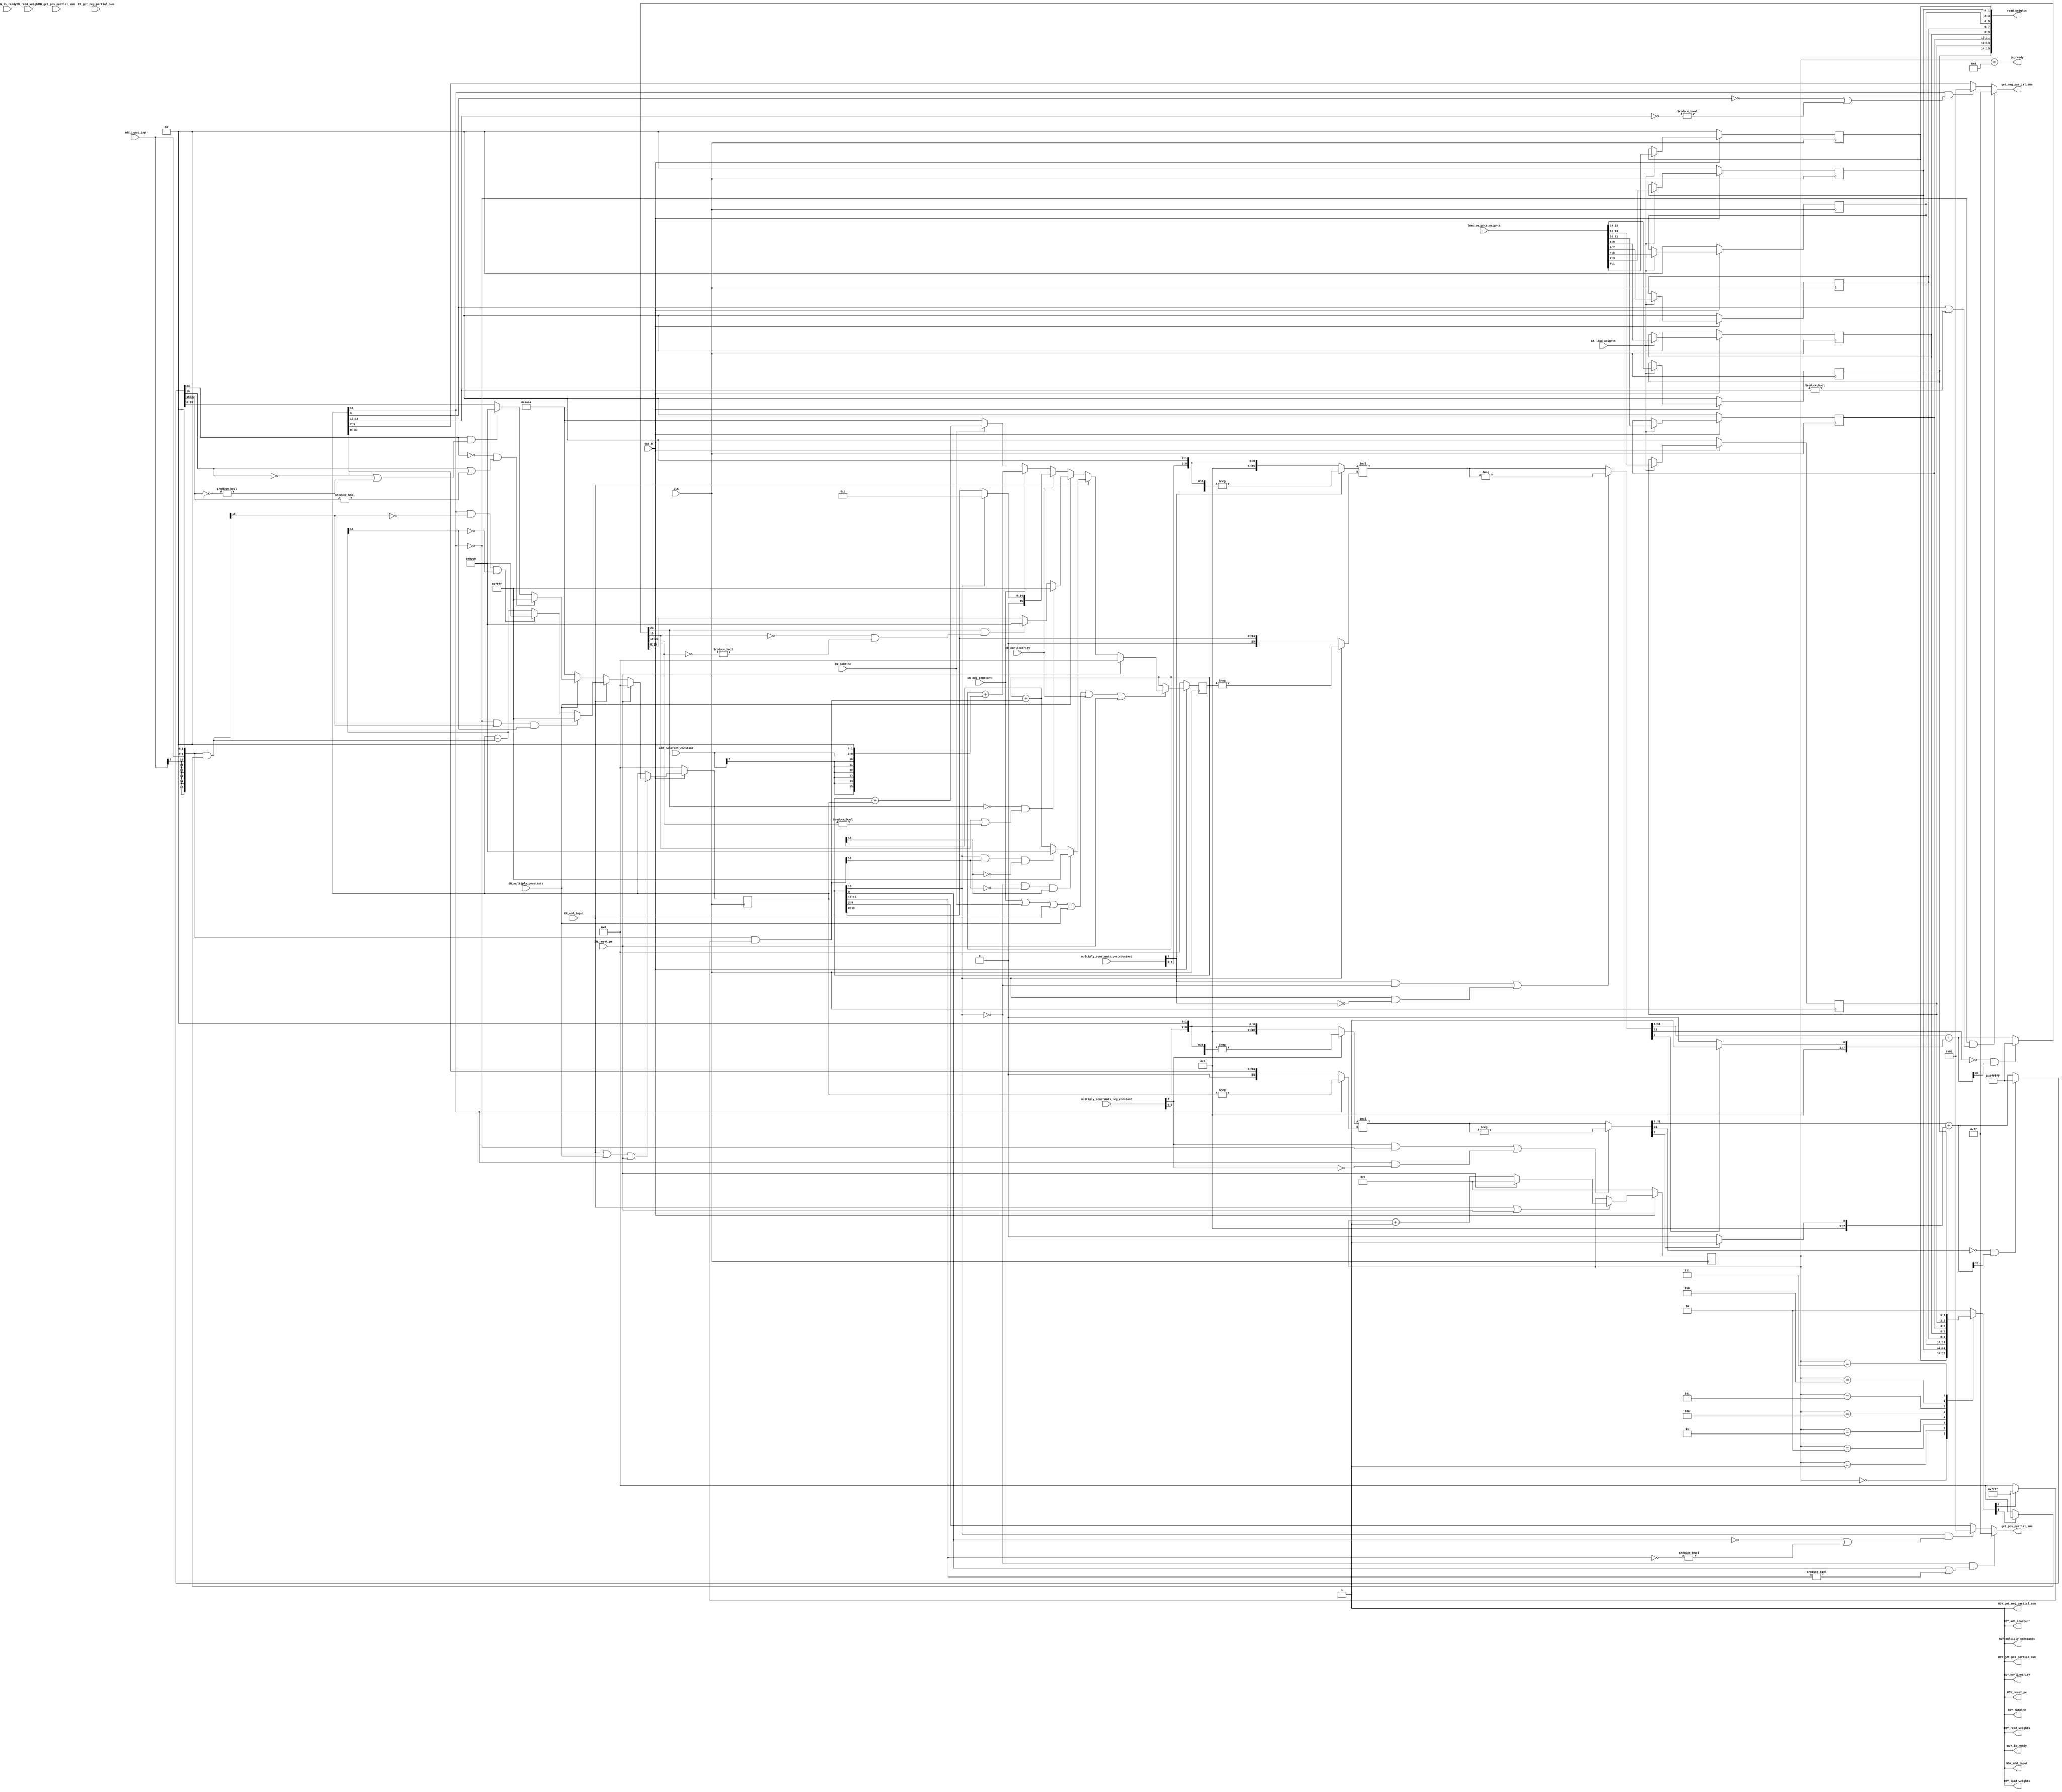
//
// Generated by Bluespec Compiler, version 2016.07.beta1 (build 34806, 2016-07-05)
//
// On Mon Dec 11 19:05:24 EST 2017
//
//
// Ports:
// Name                         I/O  size props
// RDY_load_weights               O     1 const
// RDY_add_input                  O     1 const
// RDY_multiply_constants         O     1 const
// RDY_combine                    O     1 const
// RDY_add_constant               O     1 const
// RDY_nonlinearity               O     1 const
// get_pos_partial_sum            O     8
// RDY_get_pos_partial_sum        O     1 const
// get_neg_partial_sum            O     8
// RDY_get_neg_partial_sum        O     1 const
// read_weights                   O    16 reg
// RDY_read_weights               O     1 const
// is_ready                       O     1
// RDY_is_ready                   O     1 const
// RDY_reset_pe                   O     1 const
// CLK                            I     1 clock
// RST_N                          I     1 reset
// load_weights_weights           I    16 reg
// add_input_inp                  I     8
// multiply_constants_pos_constant  I     8
// multiply_constants_neg_constant  I     8
// add_constant_constant          I     8
// EN_load_weights                I     1
// EN_add_input                   I     1
// EN_multiply_constants          I     1
// EN_combine                     I     1
// EN_add_constant                I     1
// EN_nonlinearity                I     1
// EN_reset_pe                    I     1
// EN_get_pos_partial_sum         I     1 unused
// EN_get_neg_partial_sum         I     1 unused
// EN_read_weights                I     1 unused
// EN_is_ready                    I     1 unused
//
// No combinational paths from inputs to outputs
//
//

`ifdef BSV_ASSIGNMENT_DELAY
`else
  `define BSV_ASSIGNMENT_DELAY
`endif

`ifdef BSV_POSITIVE_RESET
  `define BSV_RESET_VALUE 1'b1
  `define BSV_RESET_EDGE posedge
`else
  `define BSV_RESET_VALUE 1'b0
  `define BSV_RESET_EDGE negedge
`endif

module mkPE16(CLK,
	      RST_N,

	      load_weights_weights,
	      EN_load_weights,
	      RDY_load_weights,

	      add_input_inp,
	      EN_add_input,
	      RDY_add_input,

	      multiply_constants_pos_constant,
	      multiply_constants_neg_constant,
	      EN_multiply_constants,
	      RDY_multiply_constants,

	      EN_combine,
	      RDY_combine,

	      add_constant_constant,
	      EN_add_constant,
	      RDY_add_constant,

	      EN_nonlinearity,
	      RDY_nonlinearity,

	      EN_get_pos_partial_sum,
	      get_pos_partial_sum,
	      RDY_get_pos_partial_sum,

	      EN_get_neg_partial_sum,
	      get_neg_partial_sum,
	      RDY_get_neg_partial_sum,

	      EN_read_weights,
	      read_weights,
	      RDY_read_weights,

	      EN_is_ready,
	      is_ready,
	      RDY_is_ready,

	      EN_reset_pe,
	      RDY_reset_pe);
  input  CLK;
  input  RST_N;

  // action method load_weights
  input  [15 : 0] load_weights_weights;
  input  EN_load_weights;
  output RDY_load_weights;

  // action method add_input
  input  [7 : 0] add_input_inp;
  input  EN_add_input;
  output RDY_add_input;

  // action method multiply_constants
  input  [7 : 0] multiply_constants_pos_constant;
  input  [7 : 0] multiply_constants_neg_constant;
  input  EN_multiply_constants;
  output RDY_multiply_constants;

  // action method combine
  input  EN_combine;
  output RDY_combine;

  // action method add_constant
  input  [7 : 0] add_constant_constant;
  input  EN_add_constant;
  output RDY_add_constant;

  // action method nonlinearity
  input  EN_nonlinearity;
  output RDY_nonlinearity;

  // actionvalue method get_pos_partial_sum
  input  EN_get_pos_partial_sum;
  output [7 : 0] get_pos_partial_sum;
  output RDY_get_pos_partial_sum;

  // actionvalue method get_neg_partial_sum
  input  EN_get_neg_partial_sum;
  output [7 : 0] get_neg_partial_sum;
  output RDY_get_neg_partial_sum;

  // actionvalue method read_weights
  input  EN_read_weights;
  output [15 : 0] read_weights;
  output RDY_read_weights;

  // actionvalue method is_ready
  input  EN_is_ready;
  output is_ready;
  output RDY_is_ready;

  // action method reset_pe
  input  EN_reset_pe;
  output RDY_reset_pe;

  // signals for module outputs
  wire [15 : 0] read_weights;
  wire [7 : 0] get_neg_partial_sum, get_pos_partial_sum;
  wire RDY_add_constant,
       RDY_add_input,
       RDY_combine,
       RDY_get_neg_partial_sum,
       RDY_get_pos_partial_sum,
       RDY_is_ready,
       RDY_load_weights,
       RDY_multiply_constants,
       RDY_nonlinearity,
       RDY_read_weights,
       RDY_reset_pe,
       is_ready;

  // register m_neg_partial_sum
  reg [15 : 0] m_neg_partial_sum;
  reg [15 : 0] m_neg_partial_sum_D_IN;
  wire m_neg_partial_sum_EN;

  // register m_pos_partial_sum
  reg [15 : 0] m_pos_partial_sum;
  reg [15 : 0] m_pos_partial_sum_D_IN;
  wire m_pos_partial_sum_EN;

  // register m_step
  reg [3 : 0] m_step;
  wire [3 : 0] m_step_D_IN;
  wire m_step_EN;

  // register m_weight_regs_0
  reg [1 : 0] m_weight_regs_0;
  wire [1 : 0] m_weight_regs_0_D_IN;
  wire m_weight_regs_0_EN;

  // register m_weight_regs_1
  reg [1 : 0] m_weight_regs_1;
  wire [1 : 0] m_weight_regs_1_D_IN;
  wire m_weight_regs_1_EN;

  // register m_weight_regs_2
  reg [1 : 0] m_weight_regs_2;
  wire [1 : 0] m_weight_regs_2_D_IN;
  wire m_weight_regs_2_EN;

  // register m_weight_regs_3
  reg [1 : 0] m_weight_regs_3;
  wire [1 : 0] m_weight_regs_3_D_IN;
  wire m_weight_regs_3_EN;

  // register m_weight_regs_4
  reg [1 : 0] m_weight_regs_4;
  wire [1 : 0] m_weight_regs_4_D_IN;
  wire m_weight_regs_4_EN;

  // register m_weight_regs_5
  reg [1 : 0] m_weight_regs_5;
  wire [1 : 0] m_weight_regs_5_D_IN;
  wire m_weight_regs_5_EN;

  // register m_weight_regs_6
  reg [1 : 0] m_weight_regs_6;
  wire [1 : 0] m_weight_regs_6_D_IN;
  wire m_weight_regs_6_EN;

  // register m_weight_regs_7
  reg [1 : 0] m_weight_regs_7;
  wire [1 : 0] m_weight_regs_7_D_IN;
  wire m_weight_regs_7_EN;

  // rule scheduling signals
  wire CAN_FIRE_add_constant,
       CAN_FIRE_add_input,
       CAN_FIRE_combine,
       CAN_FIRE_get_neg_partial_sum,
       CAN_FIRE_get_pos_partial_sum,
       CAN_FIRE_is_ready,
       CAN_FIRE_load_weights,
       CAN_FIRE_multiply_constants,
       CAN_FIRE_nonlinearity,
       CAN_FIRE_read_weights,
       CAN_FIRE_reset_pe,
       WILL_FIRE_add_constant,
       WILL_FIRE_add_input,
       WILL_FIRE_combine,
       WILL_FIRE_get_neg_partial_sum,
       WILL_FIRE_get_pos_partial_sum,
       WILL_FIRE_is_ready,
       WILL_FIRE_load_weights,
       WILL_FIRE_multiply_constants,
       WILL_FIRE_nonlinearity,
       WILL_FIRE_read_weights,
       WILL_FIRE_reset_pe;

  // inputs to muxes for submodule ports
  wire [15 : 0] MUX_m_neg_partial_sum_write_1__VAL_2,
		MUX_m_neg_partial_sum_write_1__VAL_3,
		MUX_m_pos_partial_sum_write_1__VAL_2,
		MUX_m_pos_partial_sum_write_1__VAL_3,
		MUX_m_pos_partial_sum_write_1__VAL_4,
		MUX_m_pos_partial_sum_write_1__VAL_5,
		MUX_m_pos_partial_sum_write_1__VAL_6;
  wire [3 : 0] MUX_m_step_write_1__VAL_2;

  // remaining internal signals
  reg [1 : 0] SEL_ARR_m_weight_regs_0_7_m_weight_regs_1_8_m__ETC___d27;
  wire [31 : 0] IF_SEXT_multiply_constants_neg_constant_BITS_7_ETC___d118,
		IF_SEXT_multiply_constants_pos_constant_BITS_7_ETC___d74,
		x__h4685,
		x__h6438;
  wire [23 : 0] IF_NOT_IF_SEXT_multiply_constants_neg_constant_ETC___d130,
		IF_NOT_IF_SEXT_multiply_constants_pos_constant_ETC___d86,
		IF_SEXT_multiply_constants_neg_constant_BITS_7_ETC___d127,
		IF_SEXT_multiply_constants_pos_constant_BITS_7_ETC___d83;
  wire [15 : 0] SEXT_add_input_inp_BITS_7_TO_6_2_3_CONCAT_add__ETC___d30,
		SEXT_add_input_inp_BITS_7_TO_6_2_3_CONCAT_add__ETC___d47,
		c__h1994,
		m_neg_partial_sum_2_MINUS_SEXT_add_input_inp_B_ETC___d50,
		m_pos_partial_sum_PLUS_SEXT_add_input_inp_BITS_ETC___d34,
		x__h4742,
		x__h4758,
		x__h4761,
		x__h6492,
		x__h6508,
		x__h6511,
		y__h2395,
		y__h3472;
  wire [7 : 0] in2_f__h7772,
	       in2_i__h7771,
	       inp_se_f__h2399,
	       inp_se_i__h2398,
	       tmp1a_f__h4703,
	       tmp1a_i__h4702,
	       tmp3a_f__h6456,
	       tmp3a_i__h6455,
	       y_f__h5089,
	       y_f__h6836;
  wire [1 : 0] add_constant_constant_BITS_7_TO_6__q3,
	       add_input_inp_BITS_7_TO_6__q1,
	       multiply_constants_neg_constant_BITS_7_TO_6__q4,
	       multiply_constants_pos_constant_BITS_7_TO_6__q2;

  // action method load_weights
  assign RDY_load_weights = 1'd1 ;
  assign CAN_FIRE_load_weights = 1'd1 ;
  assign WILL_FIRE_load_weights = EN_load_weights ;

  // action method add_input
  assign RDY_add_input = 1'd1 ;
  assign CAN_FIRE_add_input = 1'd1 ;
  assign WILL_FIRE_add_input = EN_add_input ;

  // action method multiply_constants
  assign RDY_multiply_constants = 1'd1 ;
  assign CAN_FIRE_multiply_constants = 1'd1 ;
  assign WILL_FIRE_multiply_constants = EN_multiply_constants ;

  // action method combine
  assign RDY_combine = 1'd1 ;
  assign CAN_FIRE_combine = 1'd1 ;
  assign WILL_FIRE_combine = EN_combine ;

  // action method add_constant
  assign RDY_add_constant = 1'd1 ;
  assign CAN_FIRE_add_constant = 1'd1 ;
  assign WILL_FIRE_add_constant = EN_add_constant ;

  // action method nonlinearity
  assign RDY_nonlinearity = 1'd1 ;
  assign CAN_FIRE_nonlinearity = 1'd1 ;
  assign WILL_FIRE_nonlinearity = EN_nonlinearity ;

  // actionvalue method get_pos_partial_sum
  assign get_pos_partial_sum =
	     (!m_pos_partial_sum[15] &&
	      (m_pos_partial_sum[9] || m_pos_partial_sum[15:10] != 6'd0)) ?
	       8'd127 :
	       ((m_pos_partial_sum[15] &&
		 (!m_pos_partial_sum[9] ||
		  ~m_pos_partial_sum[15:10] != 6'd0)) ?
		  8'd128 :
		  m_pos_partial_sum[9:2]) ;
  assign RDY_get_pos_partial_sum = 1'd1 ;
  assign CAN_FIRE_get_pos_partial_sum = 1'd1 ;
  assign WILL_FIRE_get_pos_partial_sum = EN_get_pos_partial_sum ;

  // actionvalue method get_neg_partial_sum
  assign get_neg_partial_sum =
	     (!m_neg_partial_sum[15] &&
	      (m_neg_partial_sum[9] || m_neg_partial_sum[15:10] != 6'd0)) ?
	       8'd127 :
	       ((m_neg_partial_sum[15] &&
		 (!m_neg_partial_sum[9] ||
		  ~m_neg_partial_sum[15:10] != 6'd0)) ?
		  8'd128 :
		  m_neg_partial_sum[9:2]) ;
  assign RDY_get_neg_partial_sum = 1'd1 ;
  assign CAN_FIRE_get_neg_partial_sum = 1'd1 ;
  assign WILL_FIRE_get_neg_partial_sum = EN_get_neg_partial_sum ;

  // actionvalue method read_weights
  assign read_weights =
	     { m_weight_regs_7,
	       m_weight_regs_6,
	       m_weight_regs_5,
	       m_weight_regs_4,
	       m_weight_regs_3,
	       m_weight_regs_2,
	       m_weight_regs_1,
	       m_weight_regs_0 } ;
  assign RDY_read_weights = 1'd1 ;
  assign CAN_FIRE_read_weights = 1'd1 ;
  assign WILL_FIRE_read_weights = EN_read_weights ;

  // actionvalue method is_ready
  assign is_ready = m_step == 4'd8 ;
  assign RDY_is_ready = 1'd1 ;
  assign CAN_FIRE_is_ready = 1'd1 ;
  assign WILL_FIRE_is_ready = EN_is_ready ;

  // action method reset_pe
  assign RDY_reset_pe = 1'd1 ;
  assign CAN_FIRE_reset_pe = 1'd1 ;
  assign WILL_FIRE_reset_pe = EN_reset_pe ;

  // inputs to muxes for submodule ports
  assign MUX_m_neg_partial_sum_write_1__VAL_2 =
	     (!m_neg_partial_sum[15] &&
	      SEXT_add_input_inp_BITS_7_TO_6_2_3_CONCAT_add__ETC___d47[15] &&
	      m_neg_partial_sum_2_MINUS_SEXT_add_input_inp_B_ETC___d50[15]) ?
	       16'd32767 :
	       ((m_neg_partial_sum[15] &&
		 !SEXT_add_input_inp_BITS_7_TO_6_2_3_CONCAT_add__ETC___d47[15] &&
		 !m_neg_partial_sum_2_MINUS_SEXT_add_input_inp_B_ETC___d50[15]) ?
		  16'd32768 :
		  m_neg_partial_sum_2_MINUS_SEXT_add_input_inp_B_ETC___d50) ;
  assign MUX_m_neg_partial_sum_write_1__VAL_3 =
	     (!IF_NOT_IF_SEXT_multiply_constants_neg_constant_ETC___d130[23] &&
	      (IF_NOT_IF_SEXT_multiply_constants_neg_constant_ETC___d130[15] ||
	       IF_NOT_IF_SEXT_multiply_constants_neg_constant_ETC___d130[23:16] !=
	       8'd0)) ?
	       16'd32767 :
	       ((IF_NOT_IF_SEXT_multiply_constants_neg_constant_ETC___d130[23] &&
		 (!IF_NOT_IF_SEXT_multiply_constants_neg_constant_ETC___d130[15] ||
		  ~IF_NOT_IF_SEXT_multiply_constants_neg_constant_ETC___d130[23:16] !=
		  8'd0)) ?
		  16'd32768 :
		  IF_NOT_IF_SEXT_multiply_constants_neg_constant_ETC___d130[15:0]) ;
  assign MUX_m_pos_partial_sum_write_1__VAL_2 =
	     (!m_pos_partial_sum[15] &&
	      !SEXT_add_input_inp_BITS_7_TO_6_2_3_CONCAT_add__ETC___d30[15] &&
	      m_pos_partial_sum_PLUS_SEXT_add_input_inp_BITS_ETC___d34[15]) ?
	       16'd32767 :
	       ((m_pos_partial_sum[15] &&
		 SEXT_add_input_inp_BITS_7_TO_6_2_3_CONCAT_add__ETC___d30[15] &&
		 !m_pos_partial_sum_PLUS_SEXT_add_input_inp_BITS_ETC___d34[15]) ?
		  16'd32768 :
		  m_pos_partial_sum_PLUS_SEXT_add_input_inp_BITS_ETC___d34) ;
  assign MUX_m_pos_partial_sum_write_1__VAL_3 =
	     (!IF_NOT_IF_SEXT_multiply_constants_pos_constant_ETC___d86[23] &&
	      (IF_NOT_IF_SEXT_multiply_constants_pos_constant_ETC___d86[15] ||
	       IF_NOT_IF_SEXT_multiply_constants_pos_constant_ETC___d86[23:16] !=
	       8'd0)) ?
	       16'd32767 :
	       ((IF_NOT_IF_SEXT_multiply_constants_pos_constant_ETC___d86[23] &&
		 (!IF_NOT_IF_SEXT_multiply_constants_pos_constant_ETC___d86[15] ||
		  ~IF_NOT_IF_SEXT_multiply_constants_pos_constant_ETC___d86[23:16] !=
		  8'd0)) ?
		  16'd32768 :
		  IF_NOT_IF_SEXT_multiply_constants_pos_constant_ETC___d86[15:0]) ;
  assign MUX_m_pos_partial_sum_write_1__VAL_4 =
	     m_pos_partial_sum[15] ? 16'd0 : m_pos_partial_sum ;
  assign MUX_m_pos_partial_sum_write_1__VAL_5 =
	     m_pos_partial_sum + { in2_i__h7771, in2_f__h7772 } ;
  assign MUX_m_pos_partial_sum_write_1__VAL_6 =
	     m_pos_partial_sum + m_neg_partial_sum ;
  assign MUX_m_step_write_1__VAL_2 = m_step + 4'd1 ;

  // register m_neg_partial_sum
  always@(EN_reset_pe or
	  EN_add_input or
	  MUX_m_neg_partial_sum_write_1__VAL_2 or
	  EN_multiply_constants or MUX_m_neg_partial_sum_write_1__VAL_3)
  case (1'b1)
    EN_reset_pe: m_neg_partial_sum_D_IN = 16'd0;
    EN_add_input:
	m_neg_partial_sum_D_IN = MUX_m_neg_partial_sum_write_1__VAL_2;
    EN_multiply_constants:
	m_neg_partial_sum_D_IN = MUX_m_neg_partial_sum_write_1__VAL_3;
    default: m_neg_partial_sum_D_IN =
		 16'b1010101010101010 /* unspecified value */ ;
  endcase
  assign m_neg_partial_sum_EN =
	     EN_add_input || EN_multiply_constants || EN_reset_pe ;

  // register m_pos_partial_sum
  always@(EN_reset_pe or
	  EN_add_input or
	  MUX_m_pos_partial_sum_write_1__VAL_2 or
	  EN_multiply_constants or
	  MUX_m_pos_partial_sum_write_1__VAL_3 or
	  EN_nonlinearity or
	  MUX_m_pos_partial_sum_write_1__VAL_4 or
	  EN_add_constant or
	  MUX_m_pos_partial_sum_write_1__VAL_5 or
	  EN_combine or MUX_m_pos_partial_sum_write_1__VAL_6)
  case (1'b1)
    EN_reset_pe: m_pos_partial_sum_D_IN = 16'd0;
    EN_add_input:
	m_pos_partial_sum_D_IN = MUX_m_pos_partial_sum_write_1__VAL_2;
    EN_multiply_constants:
	m_pos_partial_sum_D_IN = MUX_m_pos_partial_sum_write_1__VAL_3;
    EN_nonlinearity:
	m_pos_partial_sum_D_IN = MUX_m_pos_partial_sum_write_1__VAL_4;
    EN_add_constant:
	m_pos_partial_sum_D_IN = MUX_m_pos_partial_sum_write_1__VAL_5;
    EN_combine: m_pos_partial_sum_D_IN = MUX_m_pos_partial_sum_write_1__VAL_6;
    default: m_pos_partial_sum_D_IN =
		 16'b1010101010101010 /* unspecified value */ ;
  endcase
  assign m_pos_partial_sum_EN =
	     EN_add_constant || EN_combine || EN_add_input ||
	     EN_multiply_constants ||
	     EN_nonlinearity ||
	     EN_reset_pe ;

  // register m_step
  assign m_step_D_IN = EN_reset_pe ? 4'd0 : MUX_m_step_write_1__VAL_2 ;
  assign m_step_EN = EN_add_input || EN_reset_pe ;

  // register m_weight_regs_0
  assign m_weight_regs_0_D_IN = load_weights_weights[1:0] ;
  assign m_weight_regs_0_EN = EN_load_weights ;

  // register m_weight_regs_1
  assign m_weight_regs_1_D_IN = load_weights_weights[3:2] ;
  assign m_weight_regs_1_EN = EN_load_weights ;

  // register m_weight_regs_2
  assign m_weight_regs_2_D_IN = load_weights_weights[5:4] ;
  assign m_weight_regs_2_EN = EN_load_weights ;

  // register m_weight_regs_3
  assign m_weight_regs_3_D_IN = load_weights_weights[7:6] ;
  assign m_weight_regs_3_EN = EN_load_weights ;

  // register m_weight_regs_4
  assign m_weight_regs_4_D_IN = load_weights_weights[9:8] ;
  assign m_weight_regs_4_EN = EN_load_weights ;

  // register m_weight_regs_5
  assign m_weight_regs_5_D_IN = load_weights_weights[11:10] ;
  assign m_weight_regs_5_EN = EN_load_weights ;

  // register m_weight_regs_6
  assign m_weight_regs_6_D_IN = load_weights_weights[13:12] ;
  assign m_weight_regs_6_EN = EN_load_weights ;

  // register m_weight_regs_7
  assign m_weight_regs_7_D_IN = load_weights_weights[15:14] ;
  assign m_weight_regs_7_EN = EN_load_weights ;

  // remaining internal signals
  assign IF_NOT_IF_SEXT_multiply_constants_neg_constant_ETC___d130 =
	     (!x__h6438[31] &&
	      IF_SEXT_multiply_constants_neg_constant_BITS_7_ETC___d127[23]) ?
	       24'd8388607 :
	       IF_SEXT_multiply_constants_neg_constant_BITS_7_ETC___d127 ;
  assign IF_NOT_IF_SEXT_multiply_constants_pos_constant_ETC___d86 =
	     (!x__h4685[31] &&
	      IF_SEXT_multiply_constants_pos_constant_BITS_7_ETC___d83[23]) ?
	       24'd8388607 :
	       IF_SEXT_multiply_constants_pos_constant_BITS_7_ETC___d83 ;
  assign IF_SEXT_multiply_constants_neg_constant_BITS_7_ETC___d118 =
	     x__h6492 * x__h6511 ;
  assign IF_SEXT_multiply_constants_neg_constant_BITS_7_ETC___d127 =
	     x__h6438[31:8] + { 16'd0, y_f__h6836 } ;
  assign IF_SEXT_multiply_constants_pos_constant_BITS_7_ETC___d74 =
	     x__h4742 * x__h4761 ;
  assign IF_SEXT_multiply_constants_pos_constant_BITS_7_ETC___d83 =
	     x__h4685[31:8] + { 16'd0, y_f__h5089 } ;
  assign SEXT_add_input_inp_BITS_7_TO_6_2_3_CONCAT_add__ETC___d30 =
	     c__h1994 & y__h2395 ;
  assign SEXT_add_input_inp_BITS_7_TO_6_2_3_CONCAT_add__ETC___d47 =
	     c__h1994 & y__h3472 ;
  assign add_constant_constant_BITS_7_TO_6__q3 = add_constant_constant[7:6] ;
  assign add_input_inp_BITS_7_TO_6__q1 = add_input_inp[7:6] ;
  assign c__h1994 = { inp_se_i__h2398, inp_se_f__h2399 } ;
  assign in2_f__h7772 = { add_constant_constant[5:0], 2'd0 } ;
  assign in2_i__h7771 =
	     { {6{add_constant_constant_BITS_7_TO_6__q3[1]}},
	       add_constant_constant_BITS_7_TO_6__q3 } ;
  assign inp_se_f__h2399 = { add_input_inp[5:0], 2'd0 } ;
  assign inp_se_i__h2398 =
	     { {6{add_input_inp_BITS_7_TO_6__q1[1]}},
	       add_input_inp_BITS_7_TO_6__q1 } ;
  assign m_neg_partial_sum_2_MINUS_SEXT_add_input_inp_B_ETC___d50 =
	     m_neg_partial_sum -
	     SEXT_add_input_inp_BITS_7_TO_6_2_3_CONCAT_add__ETC___d47 ;
  assign m_pos_partial_sum_PLUS_SEXT_add_input_inp_BITS_ETC___d34 =
	     m_pos_partial_sum +
	     SEXT_add_input_inp_BITS_7_TO_6_2_3_CONCAT_add__ETC___d30 ;
  assign multiply_constants_neg_constant_BITS_7_TO_6__q4 =
	     multiply_constants_neg_constant[7:6] ;
  assign multiply_constants_pos_constant_BITS_7_TO_6__q2 =
	     multiply_constants_pos_constant[7:6] ;
  assign tmp1a_f__h4703 = { multiply_constants_pos_constant[5:0], 2'd0 } ;
  assign tmp1a_i__h4702 =
	     { {6{multiply_constants_pos_constant_BITS_7_TO_6__q2[1]}},
	       multiply_constants_pos_constant_BITS_7_TO_6__q2 } ;
  assign tmp3a_f__h6456 = { multiply_constants_neg_constant[5:0], 2'd0 } ;
  assign tmp3a_i__h6455 =
	     { {6{multiply_constants_neg_constant_BITS_7_TO_6__q4[1]}},
	       multiply_constants_neg_constant_BITS_7_TO_6__q4 } ;
  assign x__h4685 =
	     (tmp1a_i__h4702[7] && !m_pos_partial_sum[15] ||
	      m_pos_partial_sum[15] && !tmp1a_i__h4702[7]) ?
	       -IF_SEXT_multiply_constants_pos_constant_BITS_7_ETC___d74 :
	       IF_SEXT_multiply_constants_pos_constant_BITS_7_ETC___d74 ;
  assign x__h4742 = tmp1a_i__h4702[7] ? -x__h4758 : x__h4758 ;
  assign x__h4758 = { tmp1a_i__h4702, tmp1a_f__h4703 } ;
  assign x__h4761 =
	     m_pos_partial_sum[15] ? -m_pos_partial_sum : m_pos_partial_sum ;
  assign x__h6438 =
	     (tmp3a_i__h6455[7] && !m_neg_partial_sum[15] ||
	      m_neg_partial_sum[15] && !tmp3a_i__h6455[7]) ?
	       -IF_SEXT_multiply_constants_neg_constant_BITS_7_ETC___d118 :
	       IF_SEXT_multiply_constants_neg_constant_BITS_7_ETC___d118 ;
  assign x__h6492 = tmp3a_i__h6455[7] ? -x__h6508 : x__h6508 ;
  assign x__h6508 = { tmp3a_i__h6455, tmp3a_f__h6456 } ;
  assign x__h6511 =
	     m_neg_partial_sum[15] ? -m_neg_partial_sum : m_neg_partial_sum ;
  assign y__h2395 =
	     SEL_ARR_m_weight_regs_0_7_m_weight_regs_1_8_m__ETC___d27[0] ?
	       16'd65535 :
	       16'd0 ;
  assign y__h3472 =
	     SEL_ARR_m_weight_regs_0_7_m_weight_regs_1_8_m__ETC___d27[1] ?
	       16'd65535 :
	       16'd0 ;
  assign y_f__h5089 = x__h4685[7] ? 8'd1 : 8'd0 ;
  assign y_f__h6836 = x__h6438[7] ? 8'd1 : 8'd0 ;
  always@(m_step or
	  m_weight_regs_0 or
	  m_weight_regs_1 or
	  m_weight_regs_2 or
	  m_weight_regs_3 or
	  m_weight_regs_4 or
	  m_weight_regs_5 or m_weight_regs_6 or m_weight_regs_7)
  begin
    case (m_step)
      4'd0:
	  SEL_ARR_m_weight_regs_0_7_m_weight_regs_1_8_m__ETC___d27 =
	      m_weight_regs_0;
      4'd1:
	  SEL_ARR_m_weight_regs_0_7_m_weight_regs_1_8_m__ETC___d27 =
	      m_weight_regs_1;
      4'd2:
	  SEL_ARR_m_weight_regs_0_7_m_weight_regs_1_8_m__ETC___d27 =
	      m_weight_regs_2;
      4'd3:
	  SEL_ARR_m_weight_regs_0_7_m_weight_regs_1_8_m__ETC___d27 =
	      m_weight_regs_3;
      4'd4:
	  SEL_ARR_m_weight_regs_0_7_m_weight_regs_1_8_m__ETC___d27 =
	      m_weight_regs_4;
      4'd5:
	  SEL_ARR_m_weight_regs_0_7_m_weight_regs_1_8_m__ETC___d27 =
	      m_weight_regs_5;
      4'd6:
	  SEL_ARR_m_weight_regs_0_7_m_weight_regs_1_8_m__ETC___d27 =
	      m_weight_regs_6;
      4'd7:
	  SEL_ARR_m_weight_regs_0_7_m_weight_regs_1_8_m__ETC___d27 =
	      m_weight_regs_7;
      default: SEL_ARR_m_weight_regs_0_7_m_weight_regs_1_8_m__ETC___d27 =
		   2'b10 /* unspecified value */ ;
    endcase
  end

  // handling of inlined registers

  always@(posedge CLK)
  begin
    if (RST_N == `BSV_RESET_VALUE)
      begin
        m_neg_partial_sum <= `BSV_ASSIGNMENT_DELAY 16'd0;
	m_pos_partial_sum <= `BSV_ASSIGNMENT_DELAY 16'd0;
	m_step <= `BSV_ASSIGNMENT_DELAY 4'd0;
	m_weight_regs_0 <= `BSV_ASSIGNMENT_DELAY 2'd0;
	m_weight_regs_1 <= `BSV_ASSIGNMENT_DELAY 2'd0;
	m_weight_regs_2 <= `BSV_ASSIGNMENT_DELAY 2'd0;
	m_weight_regs_3 <= `BSV_ASSIGNMENT_DELAY 2'd0;
	m_weight_regs_4 <= `BSV_ASSIGNMENT_DELAY 2'd0;
	m_weight_regs_5 <= `BSV_ASSIGNMENT_DELAY 2'd0;
	m_weight_regs_6 <= `BSV_ASSIGNMENT_DELAY 2'd0;
	m_weight_regs_7 <= `BSV_ASSIGNMENT_DELAY 2'd0;
      end
    else
      begin
        if (m_neg_partial_sum_EN)
	  m_neg_partial_sum <= `BSV_ASSIGNMENT_DELAY m_neg_partial_sum_D_IN;
	if (m_pos_partial_sum_EN)
	  m_pos_partial_sum <= `BSV_ASSIGNMENT_DELAY m_pos_partial_sum_D_IN;
	if (m_step_EN) m_step <= `BSV_ASSIGNMENT_DELAY m_step_D_IN;
	if (m_weight_regs_0_EN)
	  m_weight_regs_0 <= `BSV_ASSIGNMENT_DELAY m_weight_regs_0_D_IN;
	if (m_weight_regs_1_EN)
	  m_weight_regs_1 <= `BSV_ASSIGNMENT_DELAY m_weight_regs_1_D_IN;
	if (m_weight_regs_2_EN)
	  m_weight_regs_2 <= `BSV_ASSIGNMENT_DELAY m_weight_regs_2_D_IN;
	if (m_weight_regs_3_EN)
	  m_weight_regs_3 <= `BSV_ASSIGNMENT_DELAY m_weight_regs_3_D_IN;
	if (m_weight_regs_4_EN)
	  m_weight_regs_4 <= `BSV_ASSIGNMENT_DELAY m_weight_regs_4_D_IN;
	if (m_weight_regs_5_EN)
	  m_weight_regs_5 <= `BSV_ASSIGNMENT_DELAY m_weight_regs_5_D_IN;
	if (m_weight_regs_6_EN)
	  m_weight_regs_6 <= `BSV_ASSIGNMENT_DELAY m_weight_regs_6_D_IN;
	if (m_weight_regs_7_EN)
	  m_weight_regs_7 <= `BSV_ASSIGNMENT_DELAY m_weight_regs_7_D_IN;
      end
  end

  // synopsys translate_off
  `ifdef BSV_NO_INITIAL_BLOCKS
  `else // not BSV_NO_INITIAL_BLOCKS
  initial
  begin
    m_neg_partial_sum = 16'hAAAA;
    m_pos_partial_sum = 16'hAAAA;
    m_step = 4'hA;
    m_weight_regs_0 = 2'h2;
    m_weight_regs_1 = 2'h2;
    m_weight_regs_2 = 2'h2;
    m_weight_regs_3 = 2'h2;
    m_weight_regs_4 = 2'h2;
    m_weight_regs_5 = 2'h2;
    m_weight_regs_6 = 2'h2;
    m_weight_regs_7 = 2'h2;
  end
  `endif // BSV_NO_INITIAL_BLOCKS
  // synopsys translate_on
endmodule  // mkPE16